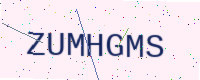
Text: ZUMHGMS